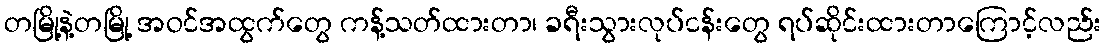
တမြို့နဲ့တမြို့ အဝင်အထွက်တွေ ကန့်သတ်ထားတာ၊ ခရီးသွားလုပ်ငန်းတွေ ရပ်ဆိုင်းထားတာကြောင့်လည်း